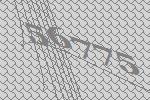
56775